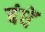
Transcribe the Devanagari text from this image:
बंधें